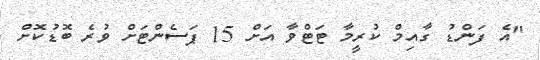
"އެ ފަންޑު ގާއިމް ކުރީމާ ޓަޓްވާ އަށް 15 ޕަސެންޓަށް ވުރެ ބޮޑުކޮށް